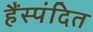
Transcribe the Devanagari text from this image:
हैंस्पंदित